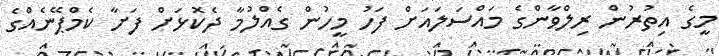
މީގެ އިތުރުން ރިލްވާންގެ މައްސަލައަށް ފަހު މީހުން ގެއްލުމާ ދެކޮޅަށް ފަށާ ކެމްޕޭނެއްގެ